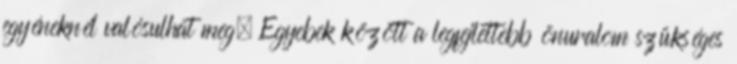
egyéneknél valósulhat meg. Egyebek között a legfejlettebb önuralom szükséges